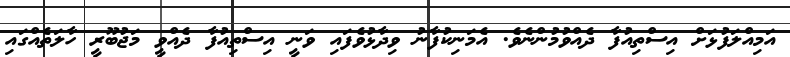
އަމިއްލަފުޅަށް އިސްތިއުފާ ދެއްވުމުންނެވެ. އެމަނިކުފާނު ވިދާޅުވެފައި ވަނީ އިސްތިއުފާ ދެއްވީ މަޖުބޫރީ ހާލަތެއްގައި